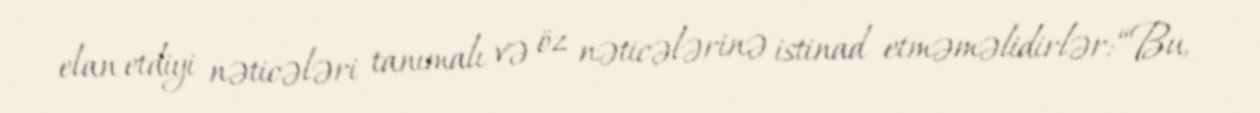
elan etdiyi nəticələri tanımalı və öz nəticələrinə istinad etməməlidirlər: “Bu,